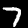
Label: 7